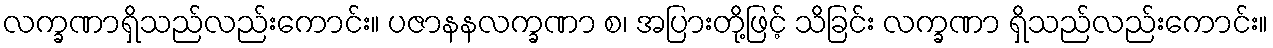
လက္ခဏာရှိသည်လည်းကောင်း။ ပဇာနနလက္ခဏာ စ၊ အပြားတို့ဖြင့် သိခြင်း လက္ခဏာ ရှိသည်လည်းကောင်း။